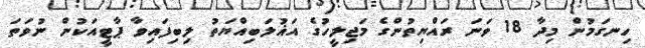
ހިނގަމުން މިދާ 18 ވަނަ ރައްޔިތުންގެ މަޖިލީހުގެ އަޣުލަބިއްޔަތު ލިބިފައިވާ ޕާޓީއަކުން ނުވަތަ